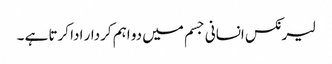
لیرنکس انسانی جسم میں دو اہم کردار ادا کرتا ہے ۔